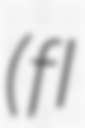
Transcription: (fl